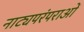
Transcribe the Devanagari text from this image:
नाट्यपरंपराओं